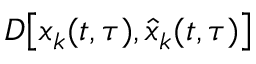
D \big [ x _ { k } ( t , \tau ) , \hat { x } _ { k } ( t , \tau ) \big ]